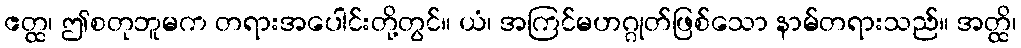
ဧတ္ထ၊ ဤစတုဘူမက တရားအပေါင်းတို့တွင်။ ယံ၊ အကြင်မဟဂ္ဂုတ်ဖြစ်သော နာမ်တရားသည်။ အတ္ထိ၊